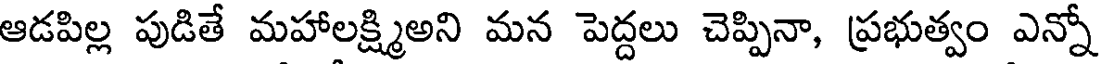
ఆడపిల్ల పుడితే మహాలక్ష్మిఅని మన పెద్దలు చెప్పినా, ప్రభుత్వం ఎన్నో